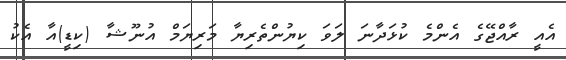
އެއީ ރާއްޖޭގެ އެންމެ ކުޅަދާނަ ލަވަ ކިޔުންތެރިޔާ މަރިޔަމް އުނޫޝާ (ކިޑީ)އާ އެކު